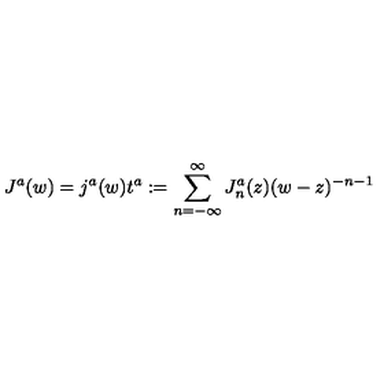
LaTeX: J ^ { a } ( w ) = j ^ { a } ( w ) t ^ { a } : = \sum _ { n = - \infty } ^ { \infty } J _ { n } ^ { a } ( z ) ( w - z ) ^ { - n - 1 }